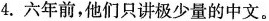
4.六年前，他们只讲极少量的中文。